system: You are a helpful assistant.
user:
Analyze the provided spectrum to determine if it is a **S-type Star**.

- **Key Indicators for S-type Star:**

    - **(Overall Spectrum Shape):** The first and most obvious characteristic is the overall continuum (the "baseline" shape). It is **extremely "red-sloping,"** meaning the flux (light intensity) is very low on the left side (blue, ~4000-4500 Å) and rises steeply and continuously toward the right side (red, ~7000 Å+).

    - **(Primary):** The spectrum is defined by the presence of strong, broad molecular absorption "valleys" (bands) from **Zirconium Oxide (ZrO)**. The identification of these bands is the **primary requirement** for classifying a star as S-type.
        - **(Key Bandheads):** You must find distinct, deep "dips" where the light has been absorbed. The most critical band systems to locate are:
            - **~6474 Å** ($\gamma$-system): This is often the strongest and clearest ZrO feature, found in the red part of the spectrum.
            - **~5718 Å** & **~5551 Å** ($\beta$-system): A pair of prominent absorption features in the yellow-orange part of the spectrum.
            - **~4640 Å** ($\alpha$-system): A key absorption band system in the blue-green region of the spectrum.

    - **(Secondary Confirmation):** The classification is strengthened by finding additional absorption bands from other related heavy element oxides, which are expected to be present alongside ZrO.
        - **(Key Bandheads):**
            - **Yttrium Oxide (YO):** Look for absorption dips near **~4800 Å** and **~6100 Å**.
            - **Lanthanum Oxide (LaO):** Additional absorption features, particularly in the red-orange part of the spectrum, are also characteristic.

    - **(Line Profile):** The combination of the steep red continuum and these numerous, deep molecular bands (ZrO, YO, etc.) gives the entire spectrum a very **"chopped-up"** or **"bumpy"** appearance. Instead of a smooth curve, the spectrum looks as though large, wide chunks of light have been "carved out" of it at the specific wavelengths listed above.

Think first, call **spectral_visualization_tool** if needed to examine features in detail, then provide your final answer. Your response must adhere to the following strict rules:
1.  **Overall Structure:** Your response must follow the format `<think>...</think> <tool_call>...</tool_call> (if a tool is used) <answer>...</answer>`.
2.  **Tool Usage Constraint:** You may only make **one** tool call per turn.
3.  **Final Answer Format:** In the `<answer>` tag, your conclusion must be inside a `\boxed{}` command (e.g., `\boxed{YES}` or `\boxed{NO}`), followed by your justification.

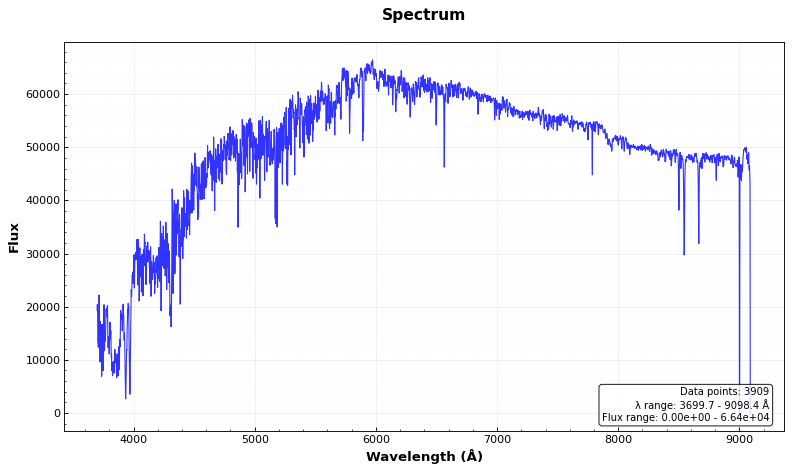
Answer: NO